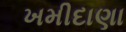
ખમીદાણા